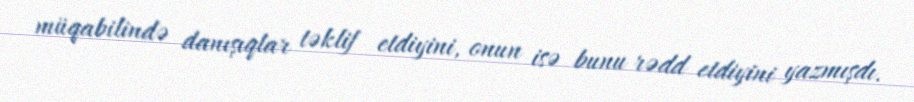
müqabilində danışıqlar təklif etdiyini, onun isə bunu rədd etdiyini yazmışdı.